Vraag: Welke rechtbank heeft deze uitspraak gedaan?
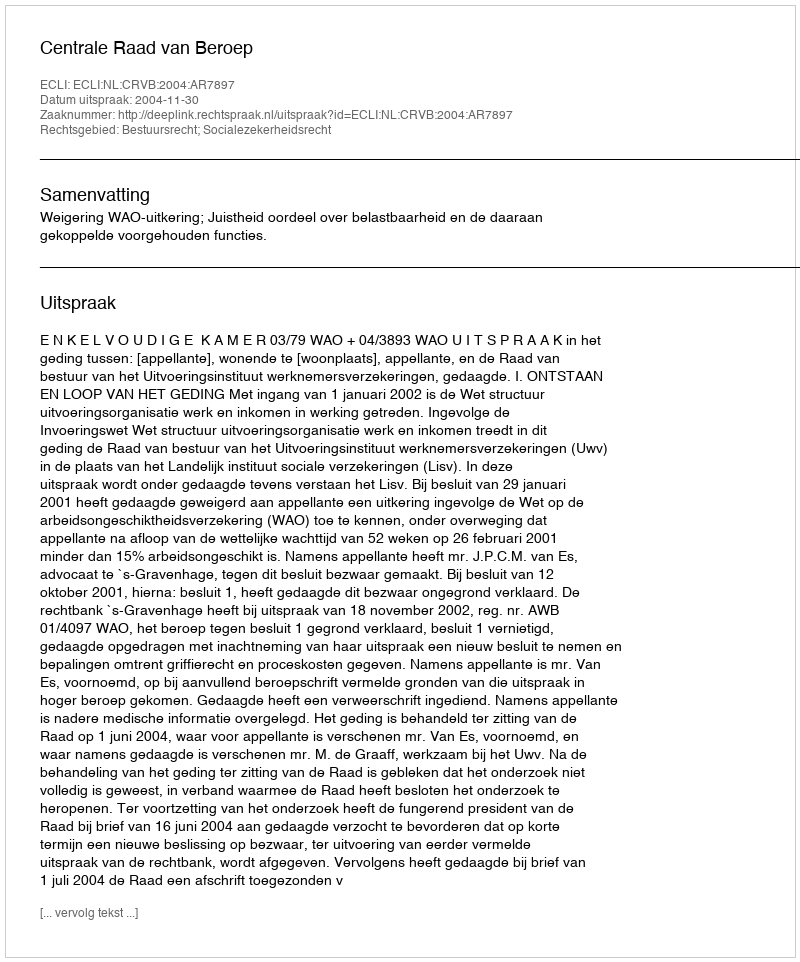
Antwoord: Centrale Raad van Beroep